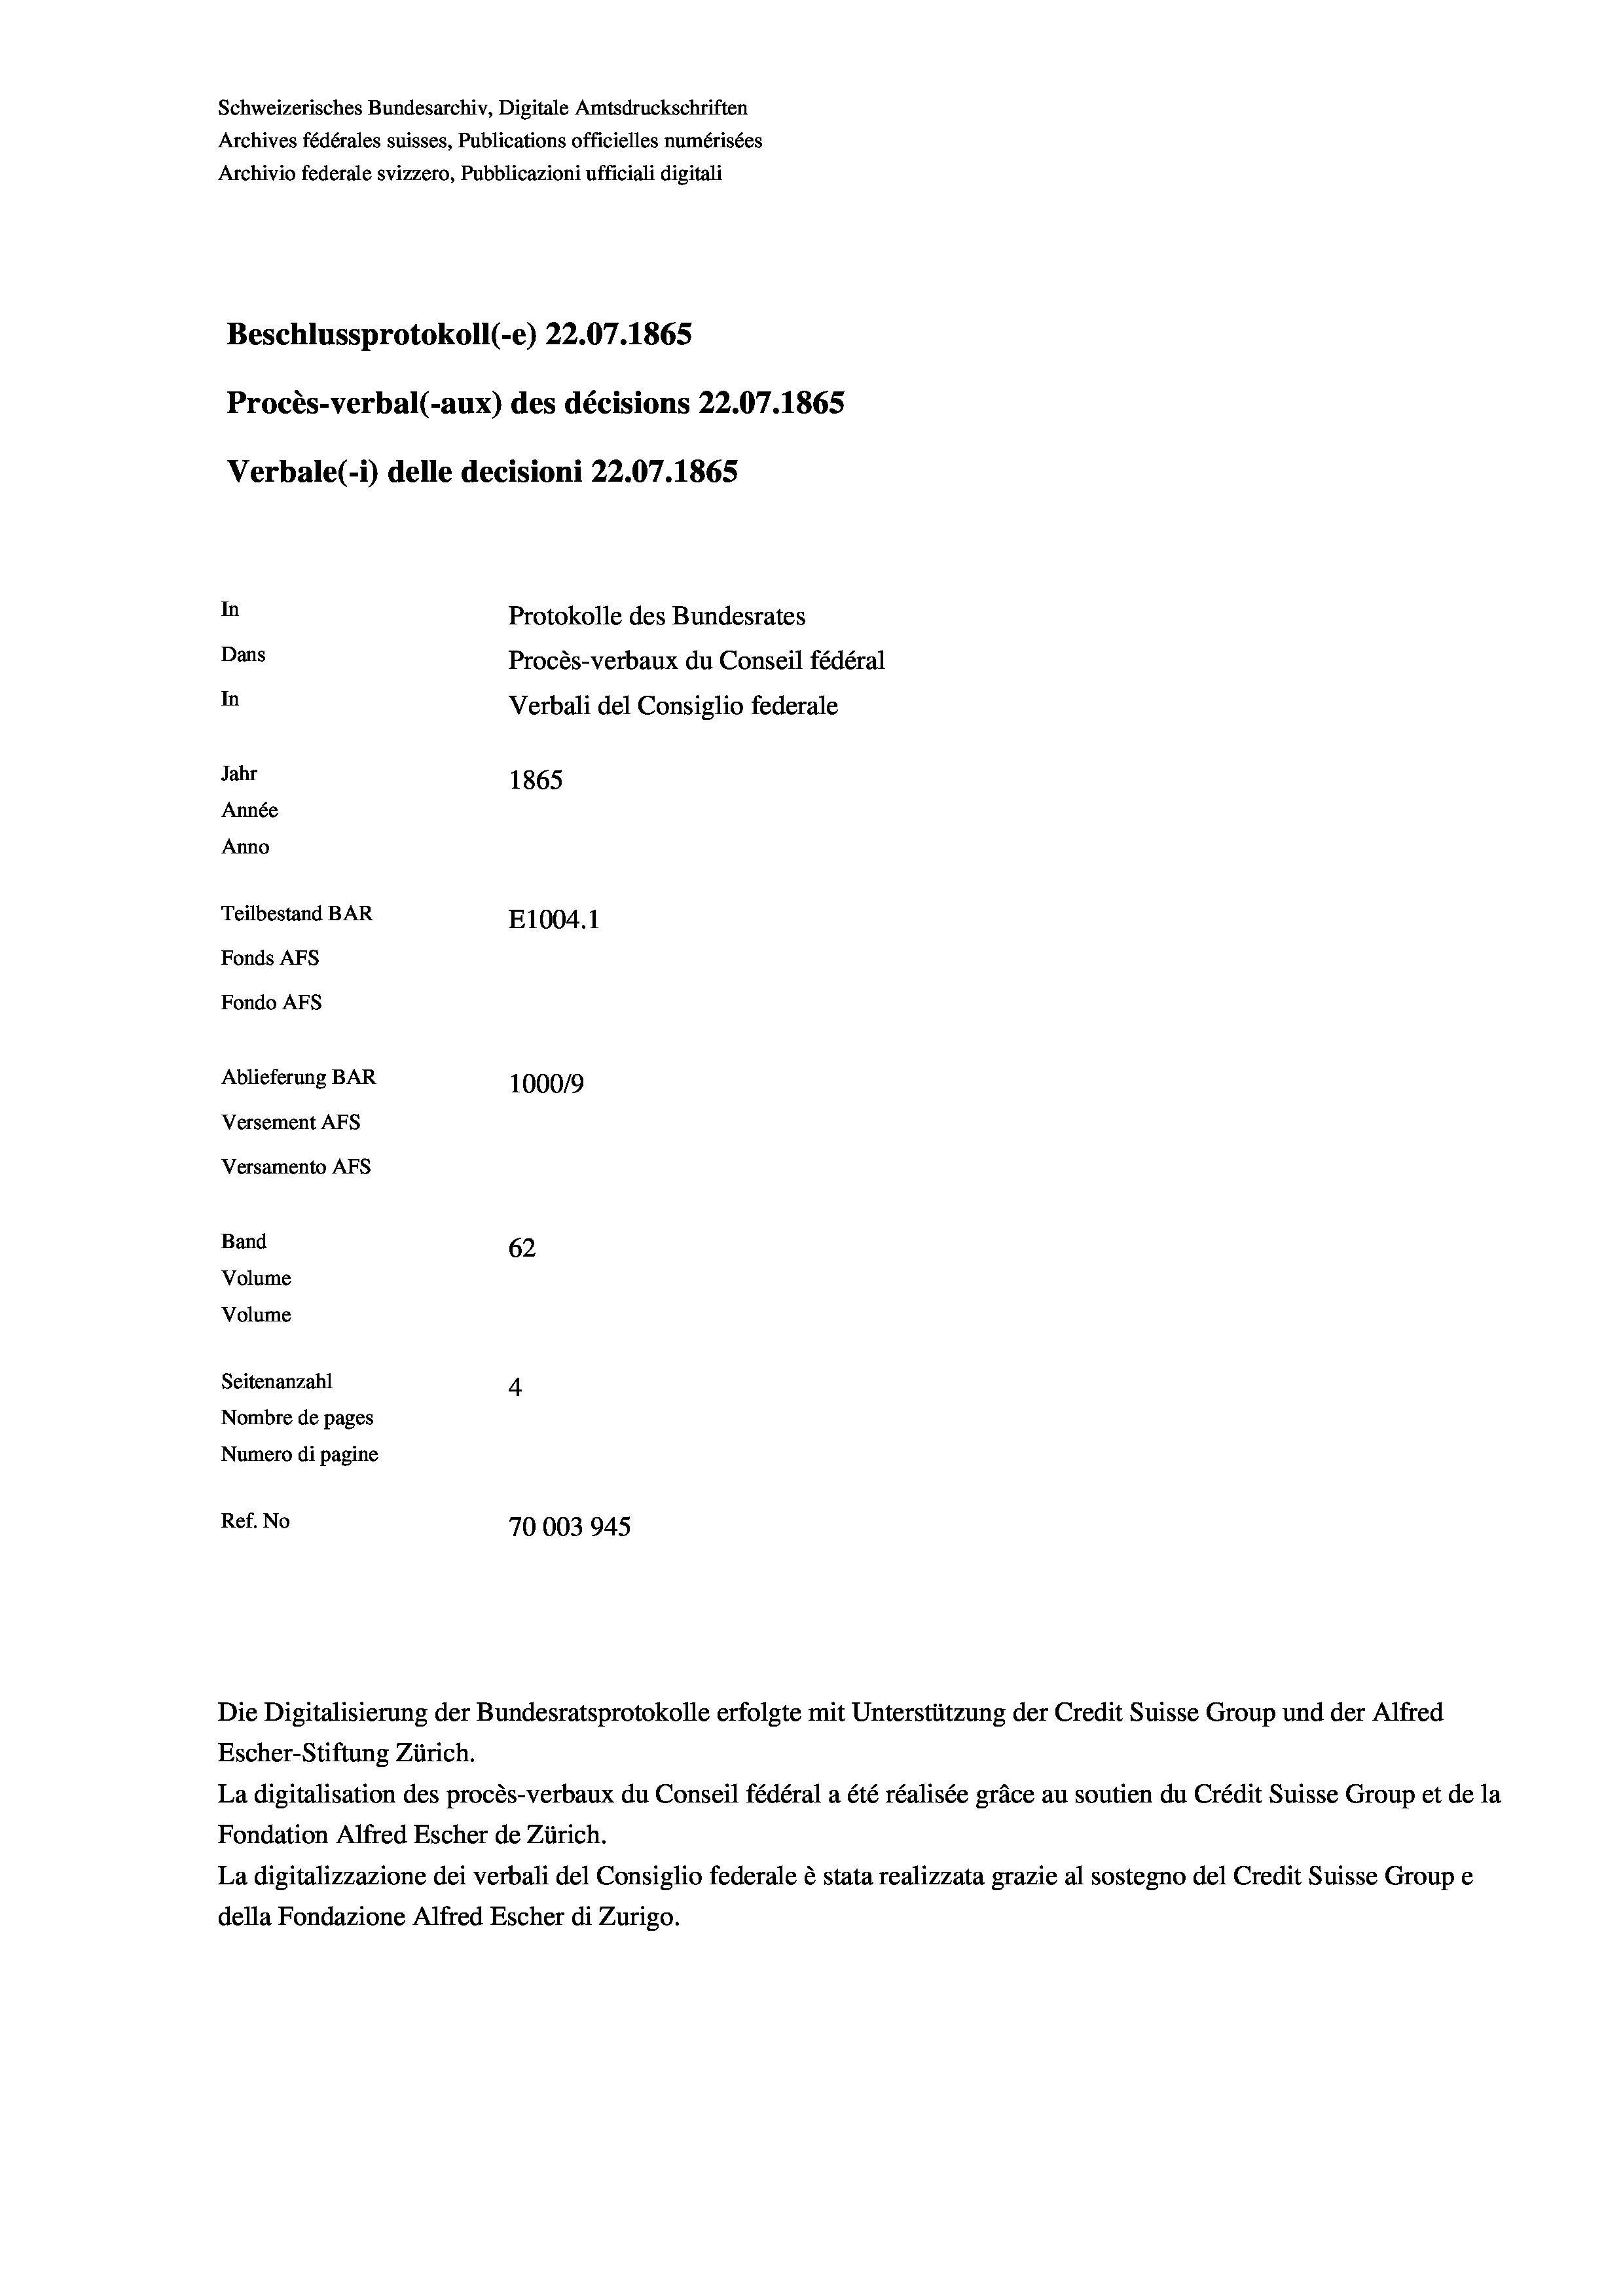
Schweizerisches Bundesarchiv, Digitale Amtsdruckschriften
Archives fédérales suisses, Publications officielles numérisées
Archivio federale svizzero, Pubblicazioni ufficiali digitali
Beschlussprotokoll (-e) 22.07. 1865
Procès-verbal (-aux) des décisions 22.07.1865
Verbale (- 1) delle decisioni 22.07. 1865
In
Protokolle des Bundesrates
Dans
Procès-verbaux du Conseil fédéral
In
Verbali del Consiglio federale
Jahr
1865
Année
Anno
Teilbestand BAR
E1004.1
Fonds AFs
Fondo AFS
Ablieferung BAR
1000/9
Versement AFS
Versamento Afs

Band
Volume
Volume
Seitenanzahl

62
4
Nombre de pages
Numero di pagine
Ref. No
70003945

Die Digitalisierung der Bundesratsprotokolle erfolgte mit Unterstützung der Credit Suisse Group und der Alfred

Escher-Stiftung Zürich.
La digitalisation des procès-verbaux du Conseil fédéral a été réalisée gräce au soutien du Crédit Suisse Group et de la
Fondation Alfred Escher de Zürich.
La digitalizzazione dei verbali del Consiglio federale è stata realizzata grazie al sostegno del Credit Suisse Groupe
della Fondazione Alfred Escher di Zurigo.